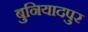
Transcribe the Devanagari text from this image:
बुनियादपुर